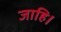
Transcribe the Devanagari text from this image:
जाहि।